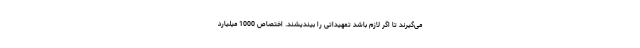
می‌گیرند تا اگر لازم باشد تمهیداتی را بیندیشند. اختصاص 1000 میلیارد